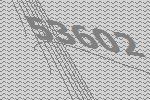
53602